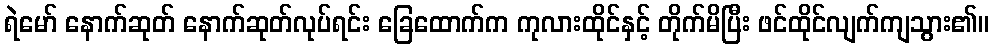
ရဲမော် နောက်ဆုတ် နောက်ဆုတ်လုပ်ရင်း ခြေထောက်က ကုလားထိုင်နှင့် တိုက်မိပြီး ဖင်ထိုင်လျက်ကျသွား၏။